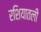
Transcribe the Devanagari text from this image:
रशियातली